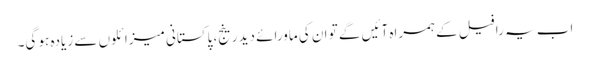
اب یہ رافیل کے ہمراہ آئیں گے تو ان کی ماورائے دید رینج، پاکستانی میزائلوں سے زیادہ ہو گی۔